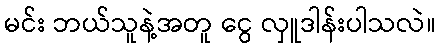
မင်း ဘယ်သူနဲ့အတူ ငွေ လှူဒါန်းပါသလဲ။